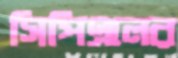
সিপিএলের